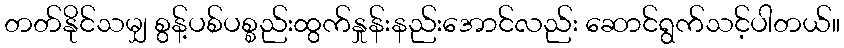
တတ်နိုင်သမျှ စွန့်ပစ်ပစ္စည်းထွက်နှုန်းနည်းအောင်လည်း ဆောင်ရွက်သင့်ပါတယ်။